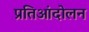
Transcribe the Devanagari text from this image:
प्रतिआंदोलन